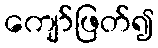
ကျော်ဖြတ်၍